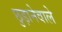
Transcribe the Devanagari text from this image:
छुड़ानेवाले